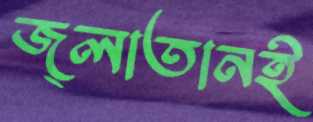
জ্লাতানই